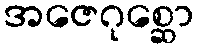
အဇေဂုစ္ဆော